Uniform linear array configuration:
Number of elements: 32
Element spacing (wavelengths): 0.75
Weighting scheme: blackman
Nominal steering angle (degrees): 15
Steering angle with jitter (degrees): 14.43
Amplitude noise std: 0.05
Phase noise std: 0.05

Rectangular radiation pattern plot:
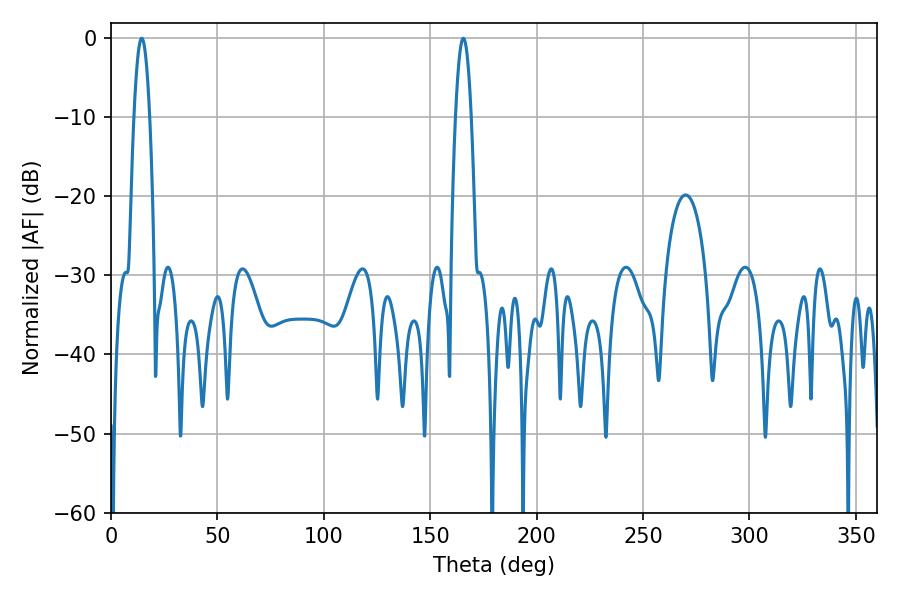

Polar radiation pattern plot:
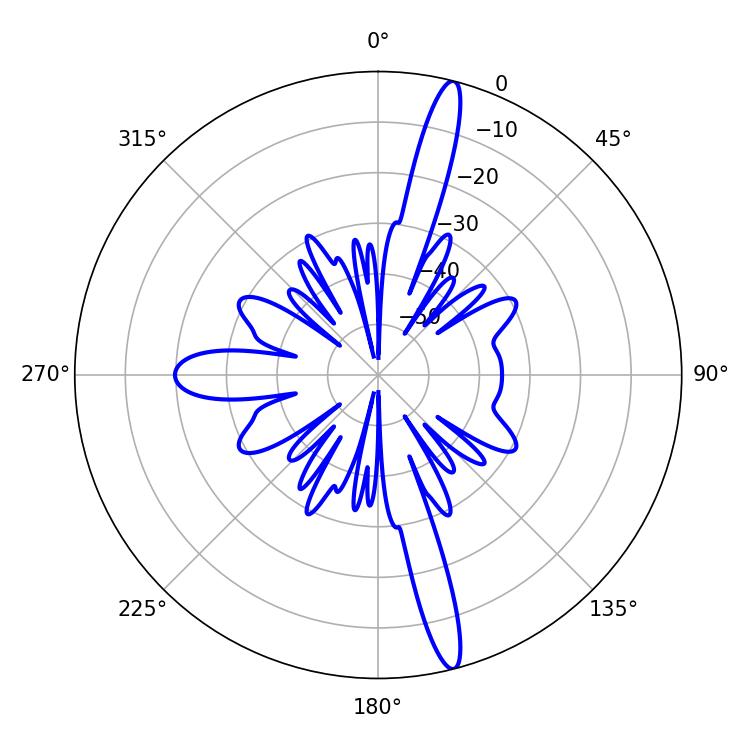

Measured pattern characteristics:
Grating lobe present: TRUE
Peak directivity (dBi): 17.402
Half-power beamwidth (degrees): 3.96
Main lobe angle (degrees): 14.4